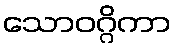
သောဝဂ္ဂိကာ